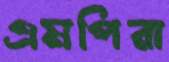
এমপিরা